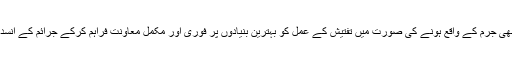
انھوں نے کہا کہ کریمنل واچ ونگ کی مدد سے کسی بھی جرم کے واقع ہونے کی صورت میں تفتیش کے عمل کو بہترین بنیادوں پر فوری اور مکمل معاونت فراہم کرکے جرائم کے انسداد میں ایک نمایاں سنگ میل کی حیثیت سے اُبھرے گا۔